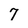
Character: 7